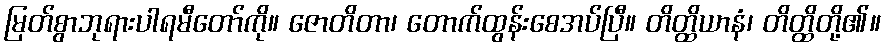
မြတ်စွာဘုရားပါရမီတော်ကို။ ဇောတိတာ၊ တောက်ထွန်းစေအပ်ပြီ။ တိတ္ထိယာနံ၊ တိတ္ထိတို့၏။